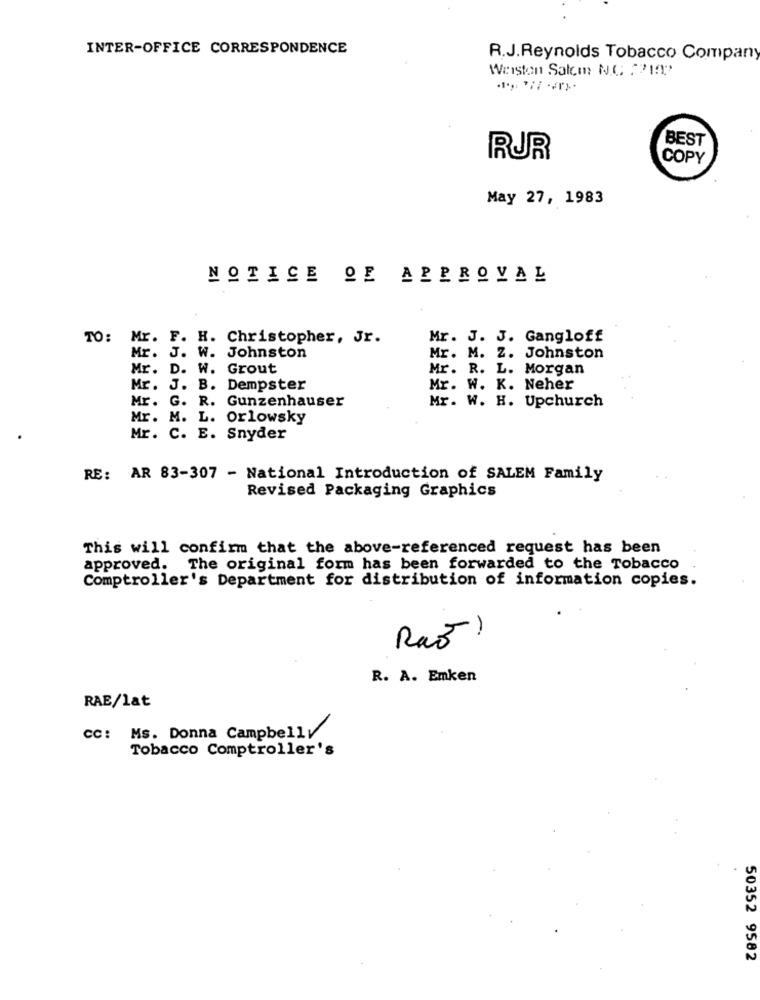
INTER-OFFICE CORRESPONDENCE
R.J.Reynolds Tobacco Company
Weiston Salcm NC 2219
BEST
RUR
COPY
May 27, 1983
NOTICE OF APPROVAL
TO:
Mr. F. H. Christopher, Jr.
Mr. J. J. Gangloff
Mr. J. W. Johnston
Mr. M. Z. Johnston
Mr. D. W. Grout
Mr. R. L. Morgan
Mr. J. B. Dempster
Mr. W. K. Neher
Mr. W. H. Upchurch
Mr. G. R. Gunzenhauser
Mr. M. L. Orlowsky
Mr. C. E. Snyder
RE: AR 83-307 - National Introduction of SALEM Family
Revised Packaging Graphics
This will confirm that the above-referenced request has been
approved.
The original form has been forwarded to the Tobacco
Comptroller's Department for distribution of information copies.
Raz
R. A. Emken
RAE/lat
cc: Ms. Donna Campbell
Tobacco Comptroller's
50352 9582